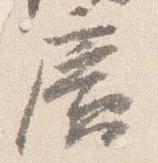
広